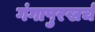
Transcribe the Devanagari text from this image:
गंगापुरखर्च